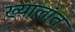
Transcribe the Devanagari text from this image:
ख्यालांत